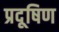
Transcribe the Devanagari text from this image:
प्रदूषिण